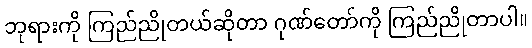
ဘုရားကို ကြည်ညိုတယ်ဆိုတာ ဂုဏ်တော်ကို ကြည်ညိုတာပါ။